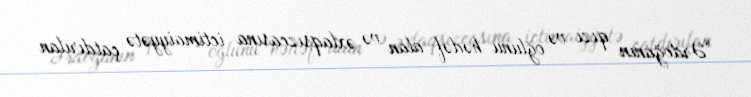
“Ərdoğanın qızı və oğlunu hədəf alan və əxlaqsızcasına ictimaiyyətə çatdırılan